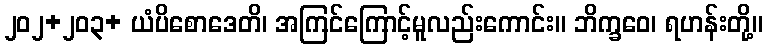
၂၀၂+၂၀၃+ ယံပိစောဒေတိ၊ အကြင်ကြောင့်မူလည်းကောင်း။ ဘိက္ခဝေ၊ ရဟန်းတို့။